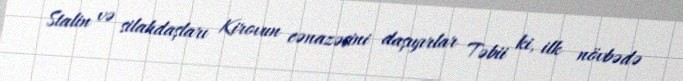
Stalin və silahdaşları Kirovun cənazəsini daşıyırlar Təbii ki, ilk növbədə